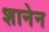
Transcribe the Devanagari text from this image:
शानेन